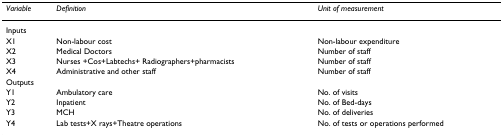
<table><thead><tr><td><b><i>Variable</i></b></td><td><b><i>Definition</i></b></td><td><b><i>Unit of measurement</i></b></td></tr></thead><tbody><tr><td>Inputs</td><td></td><td></td></tr><tr><td>X1</td><td>Non-labour cost</td><td>Non-labour expenditure</td></tr><tr><td>X2</td><td>Medical Doctors</td><td>Number of staff</td></tr><tr><td>X3</td><td>Nurses +Cos+Labtechs+ Radiographers+pharmacists</td><td>Number of staff</td></tr><tr><td>X4</td><td>Administrative and other staff</td><td>Number of staff</td></tr><tr><td>Outputs</td><td></td><td></td></tr><tr><td>Y1</td><td>Ambulatory care</td><td>No. of visits</td></tr><tr><td>Y2</td><td>Inpatient</td><td>No. of Bed-days</td></tr><tr><td>Y3</td><td>MCH</td><td>No. of deliveries</td></tr><tr><td>Y4</td><td>Lab tests+X rays+Theatre operations</td><td>No. of tests or operations performed</td></tr></tbody></table>